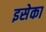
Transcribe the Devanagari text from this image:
इसेका